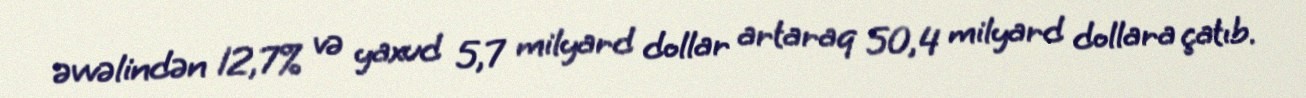
əvvəlindən 12,7% və yaxud 5,7 milyard dollar artaraq 50,4 milyard dollara çatıb.